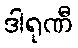
ဒါရုဏီ